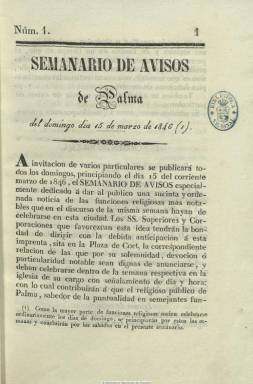
Título: Semanario de avisos de Palma
Colección: Religión
Ámbito geográfico: Baleares
Lugar de publicación: Palma de Mallorca
Fechas: 15/03/1846-14/06/1846

Aparece cada domingo, desde el 15 de marzo al 14 de junio de 1846, estampado en la imprenta y librería de Estevan Trias, que es, además, su autor, en entregas de ocho páginas, dedicado especialmente a dar al público una sucinta y ordenada noticia de las funciones religiosas más notables que cada semana hayan de celebrarse en la ciudad de Palma, empezando por el domingo y ordenadas por cada templo. Aunque está calificado como de carácter estrictamente religioso, también inserta avisos particulares (ventas, hallazgos, etc.), y a partir de su segundo número, avisos comerciales concernientes a la importación y exportación de géneros y productos coloniales y extranjeros y precios de los mercados. También aparecen breves textos hagiográficos del santoral católico y avisos sobre cosechas, entre otros de esta misma índole, y algún otro aviso oficial sobre administración de contribuciones. La colección la integran catorce números con un total de 132 páginas, cesando tras sólo tres meses en publicación.